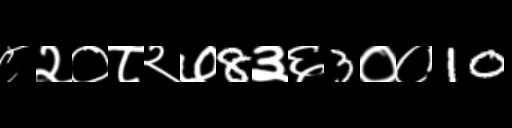
Text: ८२०८२७8३६3००10